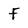
Character: f